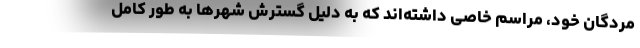
مردگان خود، مراسم خاصی داشته‌اند که به دلیل گسترش شهرها به طور کامل